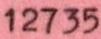
12735